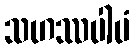
သဟဿပါပံ